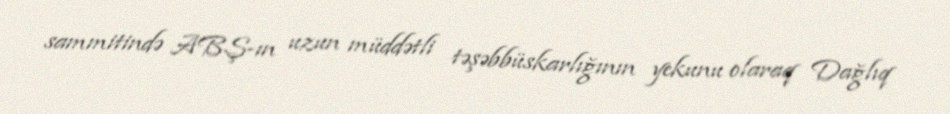
sammitində ABŞ-ın uzun müddətli təşəbbüskarlığının yekunu olaraq Dağlıq